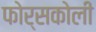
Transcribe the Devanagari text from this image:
फोर्सकोली